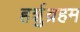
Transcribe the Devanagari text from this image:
हर्शुव्रहम